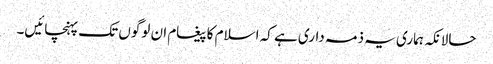
حالانکہ ہماری یہ ذمہ داری ہے کہ اسلام کا پیغام ان لوگوں تک پہنچائیں۔